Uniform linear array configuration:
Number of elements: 4
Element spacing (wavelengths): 0.75
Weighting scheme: blackman
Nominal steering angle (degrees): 30
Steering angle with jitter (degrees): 29.497
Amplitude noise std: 0.05
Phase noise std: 0.05

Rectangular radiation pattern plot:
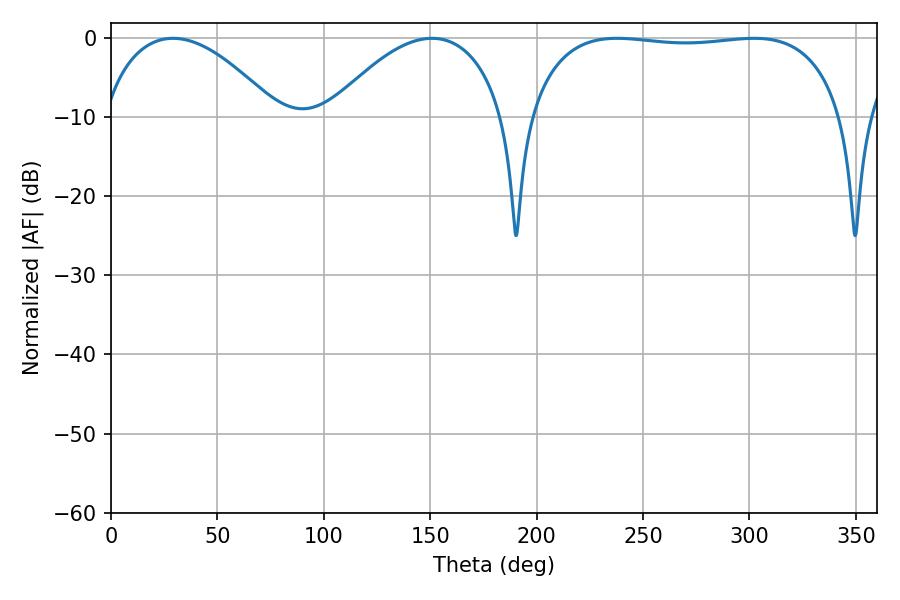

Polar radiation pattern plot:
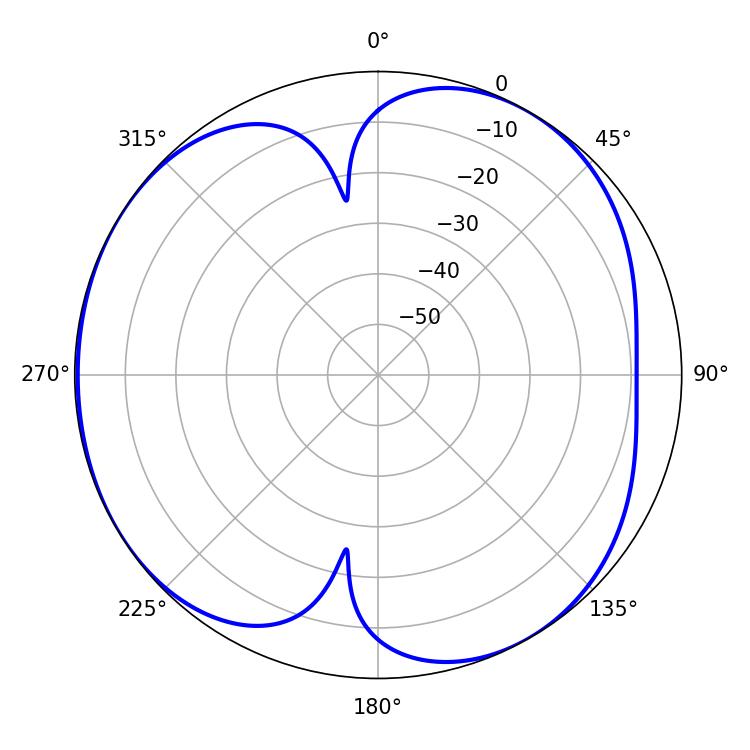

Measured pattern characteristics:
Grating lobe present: TRUE
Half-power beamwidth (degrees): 46.26
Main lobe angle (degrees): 29.16